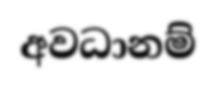
අවධානම්